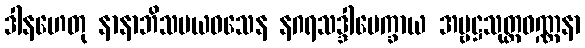
ဒါနဟေတု နာနာဘိသမယဝသေန နဂရသဒ္ဒါပေက္ခာယ အမ္ဗဋ္ဌသုတ္တဝဏ္ဏနာ